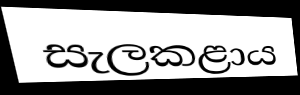
සැලකළාය